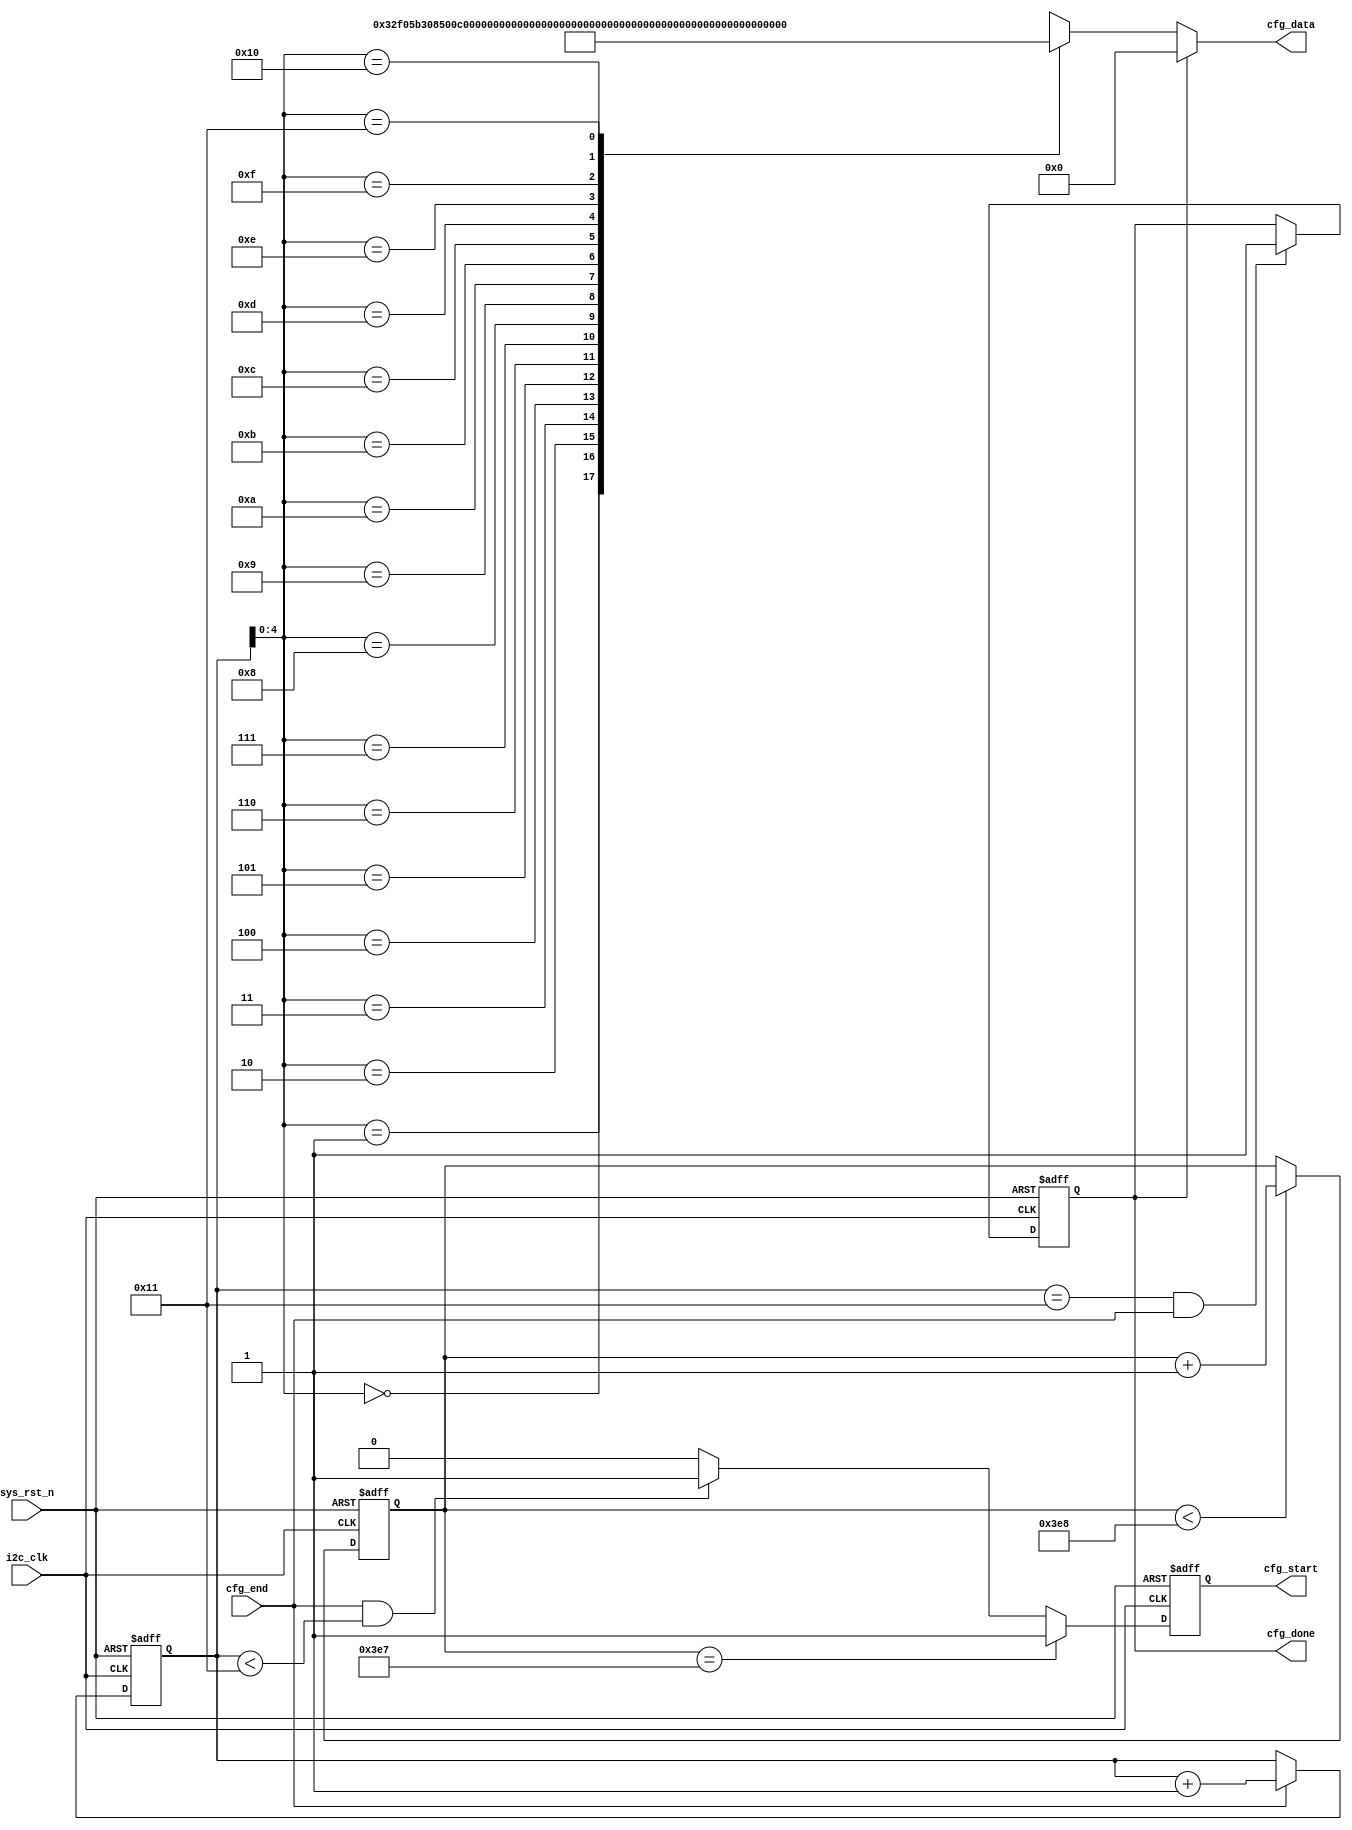
`timescale  1ns/1ns
////////////////////////////////////////////////////////////////////////
// Module Name   : i2c_reg_cfg
// Project Name  : audio_loopback
// Target Devices: Altera EP4CE10F17C8N
// Tool Versions : Quartus 13.0
// Description   : 
// 
// Revision      : V1.0
// Additional Comments:
// 
// : _Pro_FPGA
//     : http://www.embedfire.com
//     : http://www.firebbs.cn
//     : https://fire-stm32.taobao.com
////////////////////////////////////////////////////////////////////////

module  i2c_reg_cfg
(
    input   wire            i2c_clk     ,   //,i2c
    input   wire            sys_rst_n   ,   //,
    input   wire            cfg_end     ,   //

    output  reg             cfg_start   ,   //
    output  wire    [15:0]  cfg_data    ,   //7bit+9bit
    output  reg             cfg_done        //
);

//********************************************************************//
//****************** Parameter and Internal Signal *******************//
//********************************************************************//

//parameter define
parameter   REG_NUM       =   6'd18    ;  //
parameter   CNT_WAIT_MAX  =   10'd1000 ;  //1ms

parameter   LOUT1VOL      =   6'd40    ;  //(0~63)
parameter   ROUT1VOL      =   6'd40    ;  //(0~63)

parameter   SPK_LOUT2VOL  =   6'd45    ;  //(0~63)
parameter   SPK_ROUT2VOL  =   6'd45    ;  //(0~63)

//wire  define
wire    [15:0]  cfg_data_reg[REG_NUM-1:0];   //

//reg   define
reg     [9:0]  cnt_wait     ;   //
reg     [5:0]   reg_num     ;   //

//********************************************************************//
//***************************** Main Code ****************************//
//********************************************************************//

//cnt_wait:
always@(posedge i2c_clk or negedge sys_rst_n)
    if(sys_rst_n == 1'b0)
        cnt_wait    <=  10'd0;
    else    if(cnt_wait < CNT_WAIT_MAX)
        cnt_wait    <=  cnt_wait + 1'b1;

//reg_num:
always@(posedge i2c_clk or negedge sys_rst_n)
    if(sys_rst_n == 1'b0)
        reg_num <=  6'd0;
    else    if(cfg_end == 1'b1)
        reg_num <=  reg_num + 1'b1;

//cfg_start:
always@(posedge i2c_clk or negedge sys_rst_n)
    if(sys_rst_n == 1'b0)
        cfg_start   <=  1'b0;
    else    if(cnt_wait == (CNT_WAIT_MAX - 1'b1))
        cfg_start   <=  1'b1;
    else    if((cfg_end == 1'b1) && (reg_num < (REG_NUM-1)))
        cfg_start   <=  1'b1;
    else
        cfg_start   <=  1'b0;

//cfg_done:
always@(posedge i2c_clk or negedge sys_rst_n)
    if(sys_rst_n == 1'b0)
        cfg_done    <=  1'b0;
    else    if((reg_num == REG_NUM - 1'b1) && (cfg_end == 1'b1))
        cfg_done    <=  1'b1;

//cfg_data:7bit+9bit
assign  cfg_data = (cfg_done == 1'b1) ? 16'b0 : cfg_data_reg[reg_num];

//----------------------------------------------------
//cfg_data_reg
//
assign  cfg_data_reg[00]  =       {7'd0 , 9'b0                  };
assign  cfg_data_reg[01]  =       {7'd1 , 9'b1_0010_1111        };
assign  cfg_data_reg[02]  =       {7'd2 , 9'b1_1011_0011        };
assign  cfg_data_reg[03]  =       {7'd4 , 9'b0_0101_0000        };
assign  cfg_data_reg[04]  =       {7'd6 , 9'b0_0000_0001        };
assign  cfg_data_reg[05]  =       {7'd10, 9'b0_0000_1000        };
assign  cfg_data_reg[06]  =       {7'd14, 9'b1_0000_1000        };
assign  cfg_data_reg[07]  =       {7'd43, 9'b0_0001_0000        };
assign  cfg_data_reg[08]  =       {7'd47, 9'b0_0111_0000        };
assign  cfg_data_reg[09]  =       {7'd48, 9'b0_0111_0000        };
assign  cfg_data_reg[10]  =       {7'd49, 9'b0_0000_0110        };
assign  cfg_data_reg[11]  =       {7'd50, 9'b0_0000_0001        };
assign  cfg_data_reg[12]  =       {7'd51, 9'b0_0000_0001        };
assign  cfg_data_reg[13]  =       {7'd52, 3'b110 , LOUT1VOL     };
assign  cfg_data_reg[14]  =       {7'd53, 3'b110 , ROUT1VOL     };
assign  cfg_data_reg[15]  =       {7'd54, 3'b110 , SPK_LOUT2VOL };
assign  cfg_data_reg[16]  =       {7'd55, 3'b110 , SPK_ROUT2VOL };
//
assign  cfg_data_reg[17]  =       {7'd3 , 9'b0_0110_1111        };
//-------------------------------------------------------

endmodule